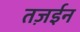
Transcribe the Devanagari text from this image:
तज़ईन